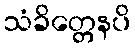
သံခိတ္တေနပိ